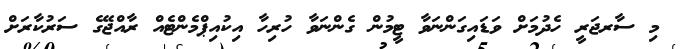
މި ސާރޖަރީ ހެދުމަށް ވަޑައިގަންނަވާ ޓީމުން ގެންނަވާ ހުރިހާ އިކުއިޕްމެންޓެއް ރާއްޖޭގެ ސަރުކާރަށް